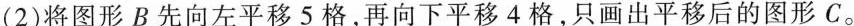
(2)将图形B先向左平移5格，再向下平移4格，只画出平移后的图形C。